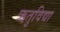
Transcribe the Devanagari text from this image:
ऋतुविद्या